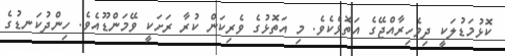
ކޮޅުމަޑުލަކީ ދިވެހިރާއްޖޭގެ އަތޮޅެކެވެ. މި އަތޮޅުގެ ވެރިކަން ކުރާ ރަށަކީ ވޭމަންޑޫއެވެ. ހިންދުކަނޑުގެ